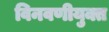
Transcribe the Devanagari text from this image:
विनवणीयुक्त